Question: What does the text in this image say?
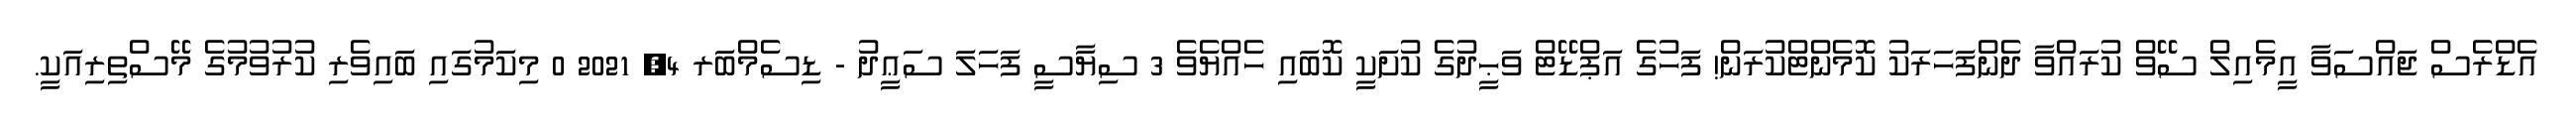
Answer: އެޑްރެސް ޖައްސަވާ އީމެއިލް ސޭވް ކުރައްވާ ދެންފަހަރަކު ކޮމެންޓްކުރަން! ފަހުގެ އަޕްޑޭޓް ވަޙީދުގެ ކުށަކީ ކޮބައި ހެއްޔެވެ 3 ސިޔާސީ ފަހަލަ ސަޢީދު - ޑިސެމްބަރ 4, 2021 0 މިކަމުގައި ބައިވެރި ކުރުވުމުގެ މޭސްތިރިއަކީ.